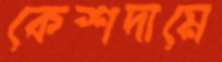
কেশদামে